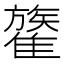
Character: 𩀥